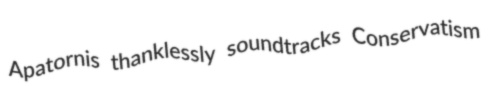
Apatornis thanklessly soundtracks Conservatism